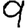
Digit: 9